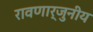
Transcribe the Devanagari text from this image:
रावणार्जुनीय